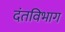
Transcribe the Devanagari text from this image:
दंतविभाग